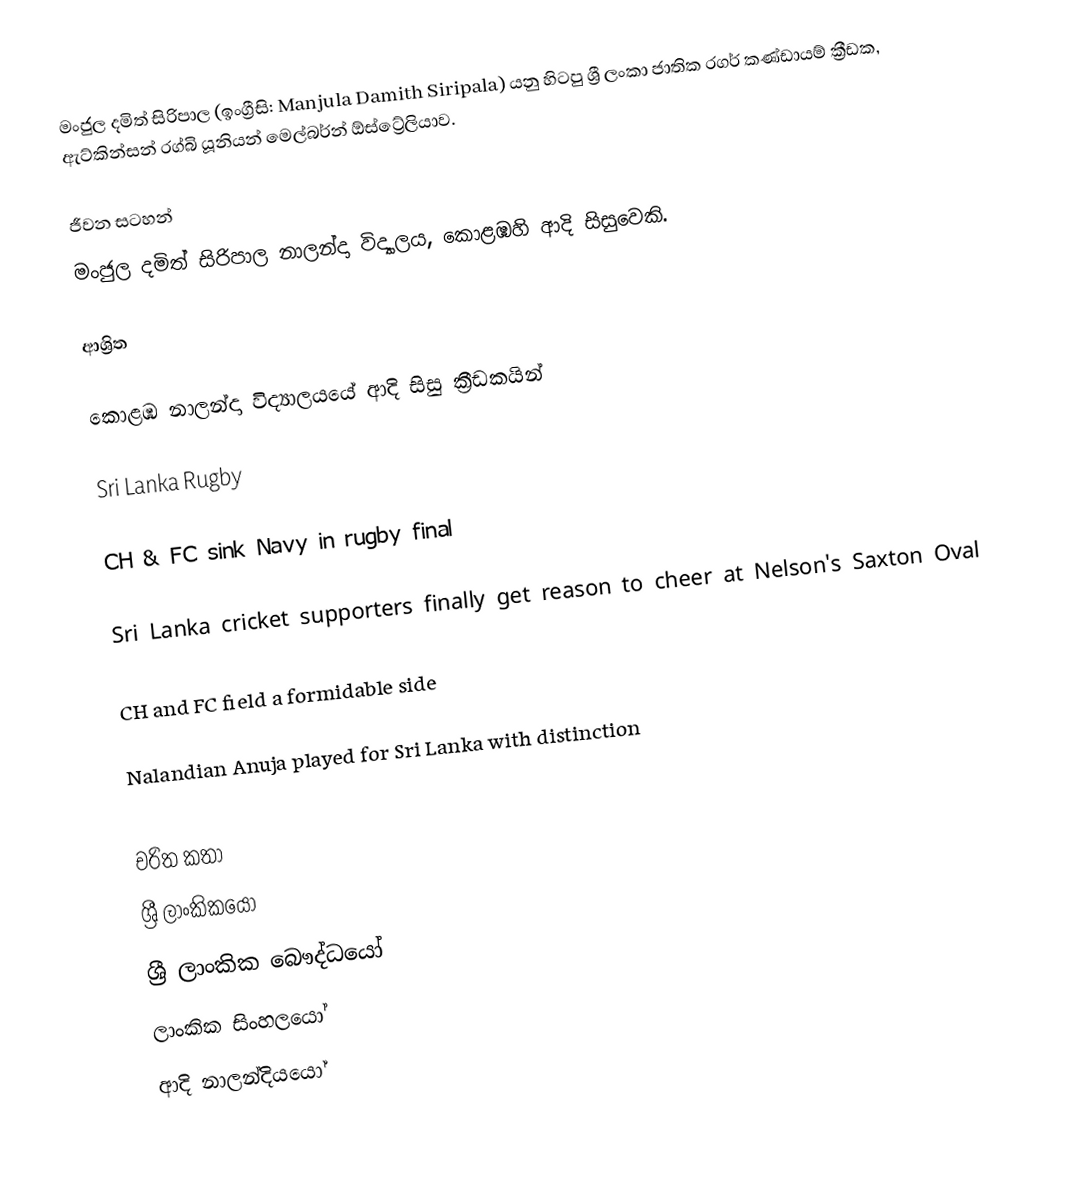
මංජුල දමිත් සිරිපාල (ඉංග්‍රීසි: Manjula Damith Siripala) යනු හිටපු ශ්‍රී ලංකා ජාතික රගර් කණ්ඩායම් ක්‍රීඩක,  ඇට්කින්සන් රග්බි යූනියන් මෙල්බර්න් ඕස්ට්‍රේලියාව.

ජීවන සටහන්
මංජුල දමිත් සිරිපාල  නාලන්දා විද්‍යාලය, කොළඹහි ආදි සිසුවෙකි.

ආශ්‍රිත

 කොළඹ නාලන්දා විද්‍යාලයයේ ආදි සිසු ක්‍රීඩකයින්

 Sri Lanka Rugby

 CH & FC sink Navy in rugby final

 Sri Lanka cricket supporters finally get reason to cheer at Nelson's Saxton Oval

 CH and FC field a formidable side

 Nalandian Anuja played for Sri Lanka with distinction

චරිත කතා
ශ්‍රී ලාංකිකයෝ
ශ්‍රී ලාංකික බෞද්ධයෝ
ලාංකික සිංහලයෝ
ආදි නාලන්දියයෝ